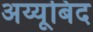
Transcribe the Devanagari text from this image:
अय्यूबिद